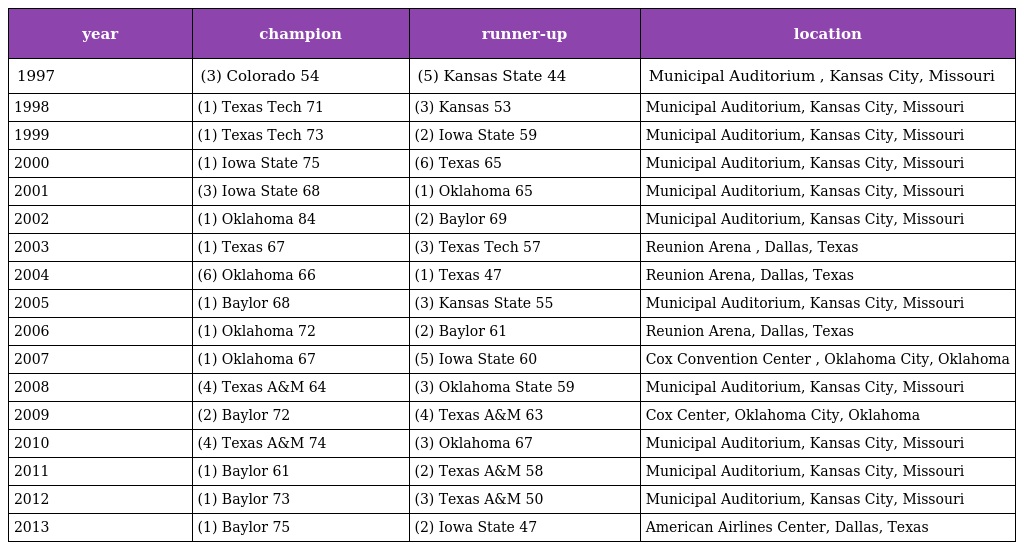
| year | champion | runner-up | location |
 | --- | --- | --- | --- |
 | 1997 | (3) Colorado 54 | (5) Kansas State 44 | Municipal Auditorium , Kansas City, Missouri |
 | 1998 | (1) Texas Tech 71 | (3) Kansas 53 | Municipal Auditorium, Kansas City, Missouri |
 | 1999 | (1) Texas Tech 73 | (2) Iowa State 59 | Municipal Auditorium, Kansas City, Missouri |
 | 2000 | (1) Iowa State 75 | (6) Texas 65 | Municipal Auditorium, Kansas City, Missouri |
 | 2001 | (3) Iowa State 68 | (1) Oklahoma 65 | Municipal Auditorium, Kansas City, Missouri |
 | 2002 | (1) Oklahoma 84 | (2) Baylor 69 | Municipal Auditorium, Kansas City, Missouri |
 | 2003 | (1) Texas 67 | (3) Texas Tech 57 | Reunion Arena , Dallas, Texas |
 | 2004 | (6) Oklahoma 66 | (1) Texas 47 | Reunion Arena, Dallas, Texas |
 | 2005 | (1) Baylor 68 | (3) Kansas State 55 | Municipal Auditorium, Kansas City, Missouri |
 | 2006 | (1) Oklahoma 72 | (2) Baylor 61 | Reunion Arena, Dallas, Texas |
 | 2007 | (1) Oklahoma 67 | (5) Iowa State 60 | Cox Convention Center , Oklahoma City, Oklahoma |
 | 2008 | (4) Texas A&M 64 | (3) Oklahoma State 59 | Municipal Auditorium, Kansas City, Missouri |
 | 2009 | (2) Baylor 72 | (4) Texas A&M 63 | Cox Center, Oklahoma City, Oklahoma |
 | 2010 | (4) Texas A&M 74 | (3) Oklahoma 67 | Municipal Auditorium, Kansas City, Missouri |
 | 2011 | (1) Baylor 61 | (2) Texas A&M 58 | Municipal Auditorium, Kansas City, Missouri |
 | 2012 | (1) Baylor 73 | (3) Texas A&M 50 | Municipal Auditorium, Kansas City, Missouri |
 | 2013 | (1) Baylor 75 | (2) Iowa State 47 | American Airlines Center, Dallas, Texas |